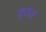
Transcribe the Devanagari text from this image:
द्ज्ज